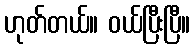
ဟုတ်တယ်။ ဝယ်ပြီးပြီ။